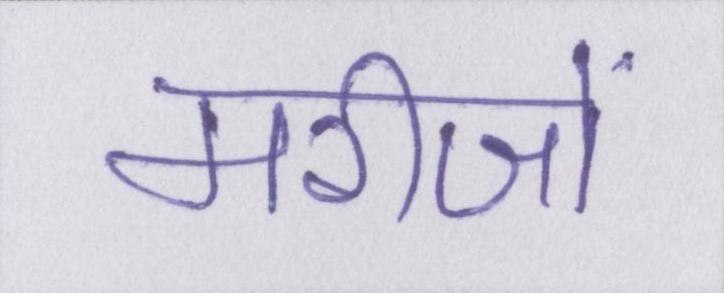
मरीजों